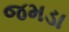
જમડા